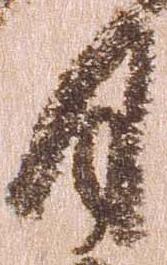
月